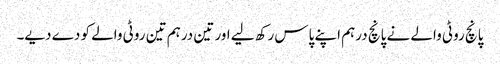
پانچ روٹی والے نے پانچ درہم اپنے پاس رکھ لیے اور تین درہم تین روٹی والے کو دے دیے۔